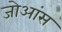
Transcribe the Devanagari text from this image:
जोआंस